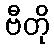
ဗီတို